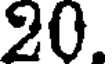
20.